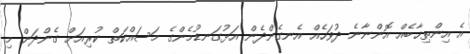
އެ އިންތިޚާބެއް އޮންނާނެ ދުވަހެއް އެނގެންދެން އަޅުގަނޑުމެންގެ މަސައްކަތް ކުރިއަށް ގެންދަން މި